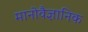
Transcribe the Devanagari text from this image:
मानोवैज्ञानिक